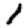
Digit: 1